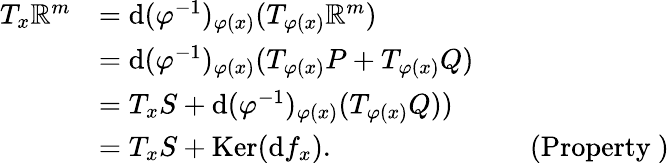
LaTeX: \begin{array}{rlrl}{T_{x}\mathbb{R}^{m}}&{=\textrm{d}(\varphi^{-1})_{\varphi(x)}(T_{\varphi(x)}\mathbb{R}^{m})}\\ &{=\textrm{d}(\varphi^{-1})_{\varphi(x)}(T_{\varphi(x)}P+T_{\varphi(x)}Q)}\\ &{=T_{x}S+\textrm{d}(\varphi^{-1})_{\varphi(x)}(T_{\varphi(x)}Q))}\\ &{=T_{x}S+\textrm{Ker}(\textrm{d}f_{x}).}&&{\mathrm{(Property~)}}\end{array}